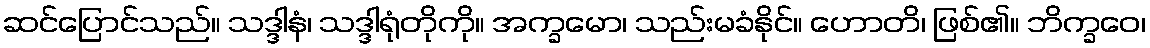
ဆင်ပြောင်သည်။ သဒ္ဒါနံ၊ သဒ္ဒါရုံတိုကို။ အက္ခမော၊ သည်းမခံနိုင်။ ဟောတိ၊ ဖြစ်၏။ ဘိက္ခဝေ၊